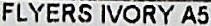
FLYERS IVORY A5